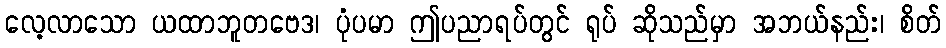
လေ့လာသော ယထာဘူတဗေဒ၊ ပုံပမာ ဤပညာရပ်တွင် ရုပ် ဆိုသည်မှာ အဘယ်နည်း၊ စိတ်